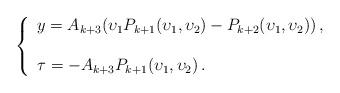
LaTeX: \begin{align*} \left\{\begin{array}{l} {{y}} = A_{k+3} ({\upsilon_1} P_{k+1}({\upsilon_1},{\upsilon_2})-P_{k+2}({\upsilon_1},{\upsilon_2}))\, ,\\ \\ {\tau} = - A_{k+3} P_{k+1}({\upsilon_1},{\upsilon_2})\, .\end{array} \right.\end{align*}